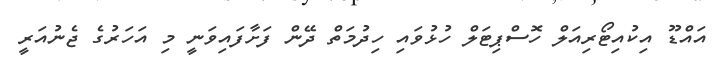
އައްޑޫ އިކުއިޓޯރިއަލް ހޮސްޕިޓަލް ހުޅުވައި ހިދުމަތް ދޭން ފަށާފައިވަނީ މި އަހަރުގެ ޖެނުއަރީ